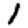
Digit: 1